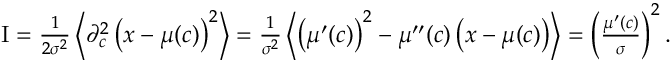
\begin{array} { r } { \mathrm { I } = \frac { 1 } { 2 \sigma ^ { 2 } } \left\langle \partial _ { c } ^ { 2 } \left( x - \mu ( c ) \right) ^ { 2 } \right\rangle = \frac { 1 } { \sigma ^ { 2 } } \left\langle \left( \mu ^ { \prime } ( c ) \right) ^ { 2 } - \mu ^ { \prime \prime } ( c ) \left( x - \mu ( c ) \right) \right\rangle = \left( \frac { \mu ^ { \prime } ( c ) } { \sigma } \right) ^ { 2 } . } \end{array}